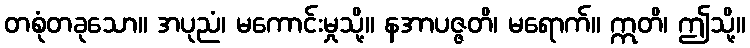
တစုံတခုသော။ အပုညံ၊ မကောင်းမှုသို့။ နအာပဇ္ဇတိ၊ မရောက်။ ဣတိ၊ ဤသို့။